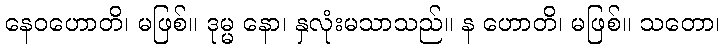
နေဝဟောတိ၊ မဖြစ်။ ဒုမ္မ နော၊ နှလုံးမသာသည်။ န ဟောတိ၊ မဖြစ်။ သတော၊